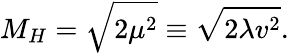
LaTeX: M_{H}={\sqrt{2\mu^{2}}}\equiv{\sqrt{2\lambda v^{2}}}.